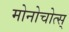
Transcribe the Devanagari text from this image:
मोनोचोत्स्